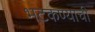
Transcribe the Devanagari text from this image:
भटकण्याची